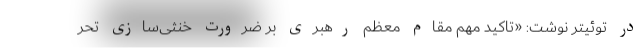
در توئیتر نوشت: «تاکید مهم مقام معظم رهبری بر ضرورت خنثی‌سازی تحر